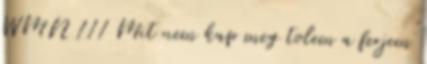
WMN 111 Mit nem kap meg tolem a ferjem